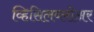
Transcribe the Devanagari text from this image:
व्हिसिलब्लोअर